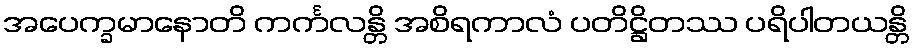
အပေက္ခမာနောတိ ကင်္ကလန္တိ အစိရကာလံ ပတိဋ္ဌိတဿ ပရိပါတယန္တိ